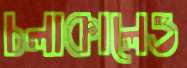
চলাকালেও